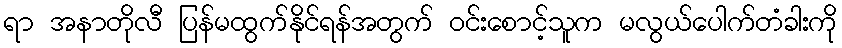
ရာ အနာတိုလီ ပြန်မထွက်နိုင်ရန်အတွက် ဝင်းစောင့်သူက မလွယ်ပေါက်တံခါးကို